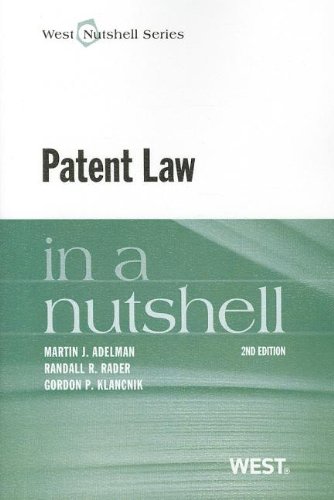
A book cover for Patent Law in a Nutshell; Martin Adelman; Law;